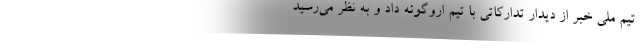
تیم ملی خبر از دیدار تدارکاتی با تیم اروگوئه داد و به نظر می‌رسید